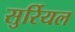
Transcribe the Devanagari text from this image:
सुर्रियल